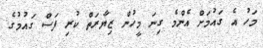
މަހު އެ ގައުމަށް އެންމެ ގިނަ މީހުން ޒިޔާރަތް ކުރި ފަސް ގައުމުގެ